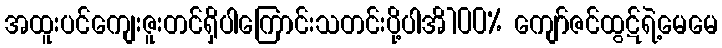
အထူးပင်ကျေးဇူးတင်ရှိပါကြောင်းသတင်းပို့ပါအိ100% ကျော်ဇင်ထွဋ်ရဲ့မေမေ